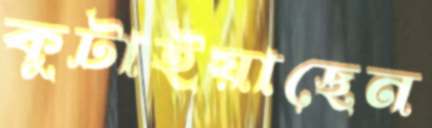
কুটাইয়াছেন